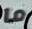
ما